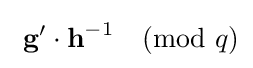
\ {\textbf {g}}'\cdot {\textbf {h}}^{-1}{\pmod {q}}